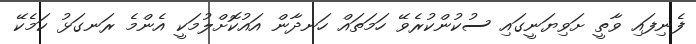
ފެނިފައި ވާތީ ށަވިޔަނީގައި ސުކުންކުރެވޭ ހަމަތައް ހަނދާން އައުކޮށްލުމަކީ އެންމެ ރަނގަޅު ކަމެކޭ